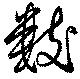
数